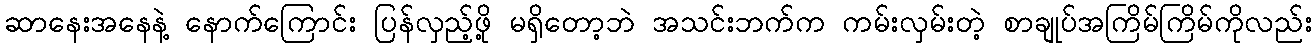
ဆာနေးအနေနဲ့ နောက်ကြောင်း ပြန်လှည့်ဖို့ မရှိတော့ဘဲ အသင်းဘက်က ကမ်းလှမ်းတဲ့ စာချုပ်အကြိမ်ကြိမ်ကိုလည်း